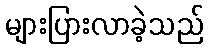
များပြားလာခဲ့သည်